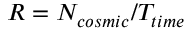
R = N _ { c o s m i c } / T _ { t i m e }